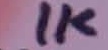
Text: 1K